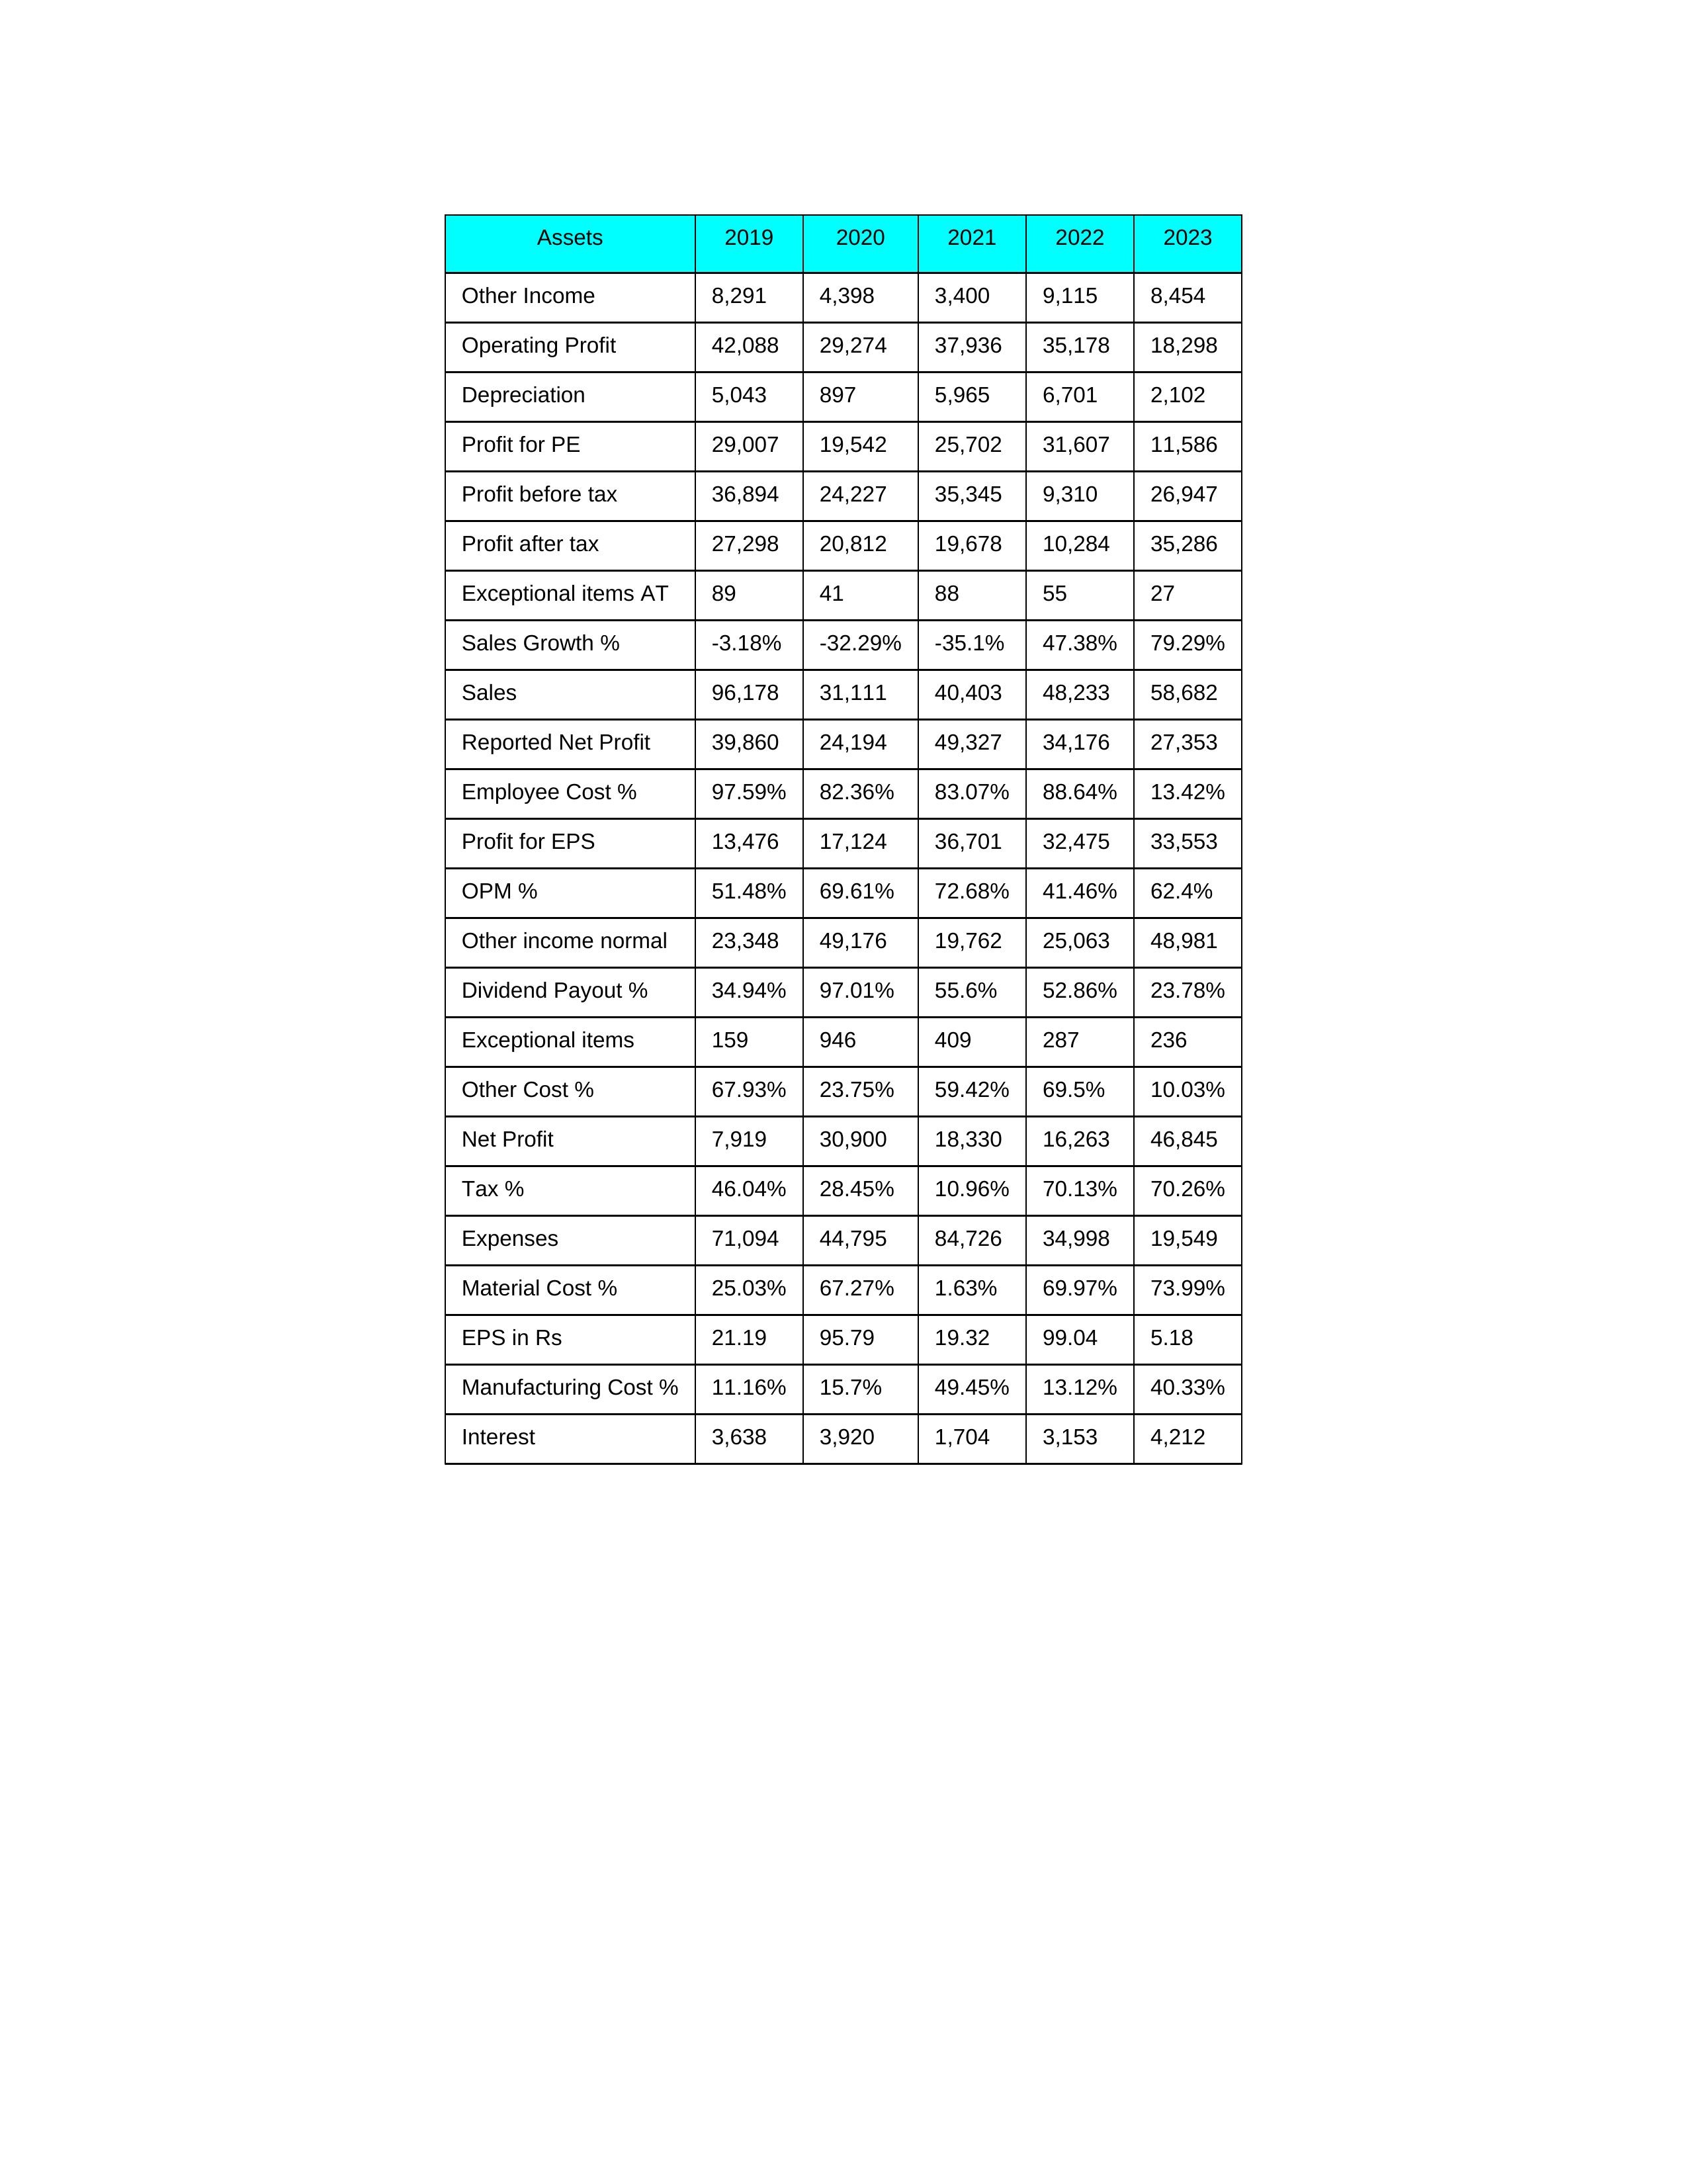
gt_parse: 2019: Sales: 96,178
Sales Growth %: -3.18%
Expenses: 71,094
Material Cost %: 25.03%
Manufacturing Cost %: 11.16%
Employee Cost %: 97.59%
Other Cost %: 67.93%
Operating Profit: 42,088
OPM %: 51.48%
Other Income: 8,291
Exceptional items: 159
Other income normal: 23,348
Interest: 3,638
Depreciation: 5,043
Profit before tax: 36,894
Tax %: 46.04%
Net Profit: 7,919
Profit after tax: 27,298
Reported Net Profit: 39,860
Profit for EPS: 13,476
Exceptional items AT: 89
Profit for PE: 29,007
EPS in Rs: 21.19
Dividend Payout %: 34.94%
2020: Sales: 31,111
Sales Growth %: -32.29%
Expenses: 44,795
Material Cost %: 67.27%
Manufacturing Cost %: 15.7%
Employee Cost %: 82.36%
Other Cost %: 23.75%
Operating Profit: 29,274
OPM %: 69.61%
Other Income: 4,398
Exceptional items: 946
Other income normal: 49,176
Interest: 3,920
Depreciation: 897
Profit before tax: 24,227
Tax %: 28.45%
Net Profit: 30,900
Profit after tax: 20,812
Reported Net Profit: 24,194
Profit for EPS: 17,124
Exceptional items AT: 41
Profit for PE: 19,542
EPS in Rs: 95.79
Dividend Payout %: 97.01%
2021: Sales: 40,403
Sales Growth %: -35.1%
Expenses: 84,726
Material Cost %: 1.63%
Manufacturing Cost %: 49.45%
Employee Cost %: 83.07%
Other Cost %: 59.42%
Operating Profit: 37,936
OPM %: 72.68%
Other Income: 3,400
Exceptional items: 409
Other income normal: 19,762
Interest: 1,704
Depreciation: 5,965
Profit before tax: 35,345
Tax %: 10.96%
Net Profit: 18,330
Profit after tax: 19,678
Reported Net Profit: 49,327
Profit for EPS: 36,701
Exceptional items AT: 88
Profit for PE: 25,702
EPS in Rs: 19.32
Dividend Payout %: 55.6%
2022: Sales: 48,233
Sales Growth %: 47.38%
Expenses: 34,998
Material Cost %: 69.97%
Manufacturing Cost %: 13.12%
Employee Cost %: 88.64%
Other Cost %: 69.5%
Operating Profit: 35,178
OPM %: 41.46%
Other Income: 9,115
Exceptional items: 287
Other income normal: 25,063
Interest: 3,153
Depreciation: 6,701
Profit before tax: 9,310
Tax %: 70.13%
Net Profit: 16,263
Profit after tax: 10,284
Reported Net Profit: 34,176
Profit for EPS: 32,475
Exceptional items AT: 55
Profit for PE: 31,607
EPS in Rs: 99.04
Dividend Payout %: 52.86%
2023: Sales: 58,682
Sales Growth %: 79.29%
Expenses: 19,549
Material Cost %: 73.99%
Manufacturing Cost %: 40.33%
Employee Cost %: 13.42%
Other Cost %: 10.03%
Operating Profit: 18,298
OPM %: 62.4%
Other Income: 8,454
Exceptional items: 236
Other income normal: 48,981
Interest: 4,212
Depreciation: 2,102
Profit before tax: 26,947
Tax %: 70.26%
Net Profit: 46,845
Profit after tax: 35,286
Reported Net Profit: 27,353
Profit for EPS: 33,553
Exceptional items AT: 27
Profit for PE: 11,586
EPS in Rs: 5.18
Dividend Payout %: 23.78%